Report of the Municipal Commissioner on the plague in Bombay for the year ending 31st May... - Volume 3
Disease focus: Plague
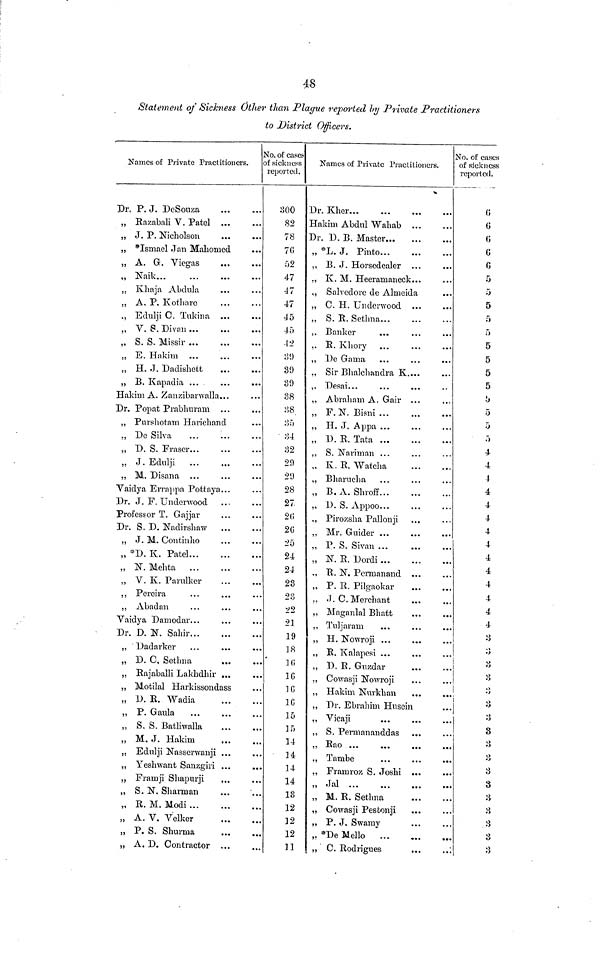
48
Statement of Sickness Other than Plague reported by Private Practitioners
to District Officers.
1
Names of Private Practitioners. c
Dr. P. J. DeSouza
„ Razabali V. Patel
„ J. P. Nicholson
„ *Ismael Jan Mahomed
,, A. G. Viegas
...
„ Khaja Abdula
„ A. P. Kothare
,, Edulji C. Tukina ...
„ V. S. Divan
„ S. S. Missir ...
„ E. Hakim ...
„ H. J. Daclishett
,, B. Kapadia ...
Hakim A. Zanzibanvalla...
Dr. Popat Prabhuram ...
„ Purshotam Harichand
,, De Silva
„ D. S. Fraser
„ J. Edulji
„ M. Disana ...
Vaidya Errappa Pottaya...
Dr. J. F. Underwood
Profess or T. Gajjar
Dr. S. D. Nadirshaw
„ J. M. Continho
„ *D. K. Patel
,, N. Mehta
„ V. K. Parulker
,, Pereira
,, Abadan
Vaidya Damodar...
Dr. D. N. Sahir
„ Dadarker
„ D. C, Setlma
„ Rajaballi Lakhdhir ...
„ Motilal Harkissondass
„ D. R. Wadia
,, P. Gaula
,, S, S. Batliwalla
„ M. J. Hakim
„ Edulji Nasserwanji ...
„ Yeshwant Sanzgiri ...
„ Framji Shapurji
,, S. N. Sharman
„ R. M. Modi
„ A. V. Velker
,, P. S. Shurrna
„ A. D. Contractor ...
•To. of cascf-
f sickness
reported.
800
82
78
7G
52
47
47
47
45
45
•12
39
39
39
38
88
85
84
32
29
29
28
27
2G
2G
25
24
24
23
23
22
21
19
]8
1G
1G
]G
1G
15
]5
14
14
14
14
13
12
12
12
11
Names of Private Practitioners.
Dr. Kher
lakim Abdul Wahab ...
Dr. D. B. Master
„ *L. J. Pinto
,, B. J. Horscdealer ...
TC Ivi
nOPviTii mipplr
mj
J.V • XYX • XJ-V>C1 ttUJclllCv^lv • • •
• • •
,, Salveclore de Almeida
„ C. H. Underwood ...
„ S. R. Setlma
,, Banker
,, R. Khory
,, De Garna
„ Sir Bhalchandra K....
,, Desai...
,, Abraham A. Gair ...
„ F. N. Bisni
„ H. J. Appa ...
„ D. R. Tata
,, S. Nariman ...
K R Watoha
,, Bharucha
„ B. A. Shroff
„ D. S. Appoo...
,, Pirozsha Pallonji
„ Mr. Guider
„ P. S. Sivan
„ N. R. Dordi
., R. N. Pennanand
„ P. R. Pilgaokar
„ -J. C. Merchant
„ Maganlal Bhatt
,, Tuljaram
,, H. Nowroji ...
,, R. Kalapesi ...
„ D. R. Guzdar
., Cowasji Nowroji
„ Hakim Nurkhan
,, Dr. Ebrahim Husein
„ Vicaji
,, S. Permananddas
„ Rao
,, Tambe
...
... ...
„ Framroz S. Joshi
,, M. R. Setlma
„ Cowasji Pestonji
,, P. J. Swamy
,. *De Mello
„ C. Rodrigues
No. of cases
of sickness
reported.
G
G
G
G
5
5
5
5
5
5
5
5
5
b
5
5
5
4
4
4
4
4
4
4
4
4
4
4
4
4
4
8
8
8
3
8
8
8
3
8
8
3
8
3
8
3
3
3